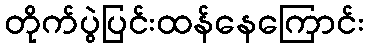
တိုက်ပွဲပြင်းထန်နေကြောင်း